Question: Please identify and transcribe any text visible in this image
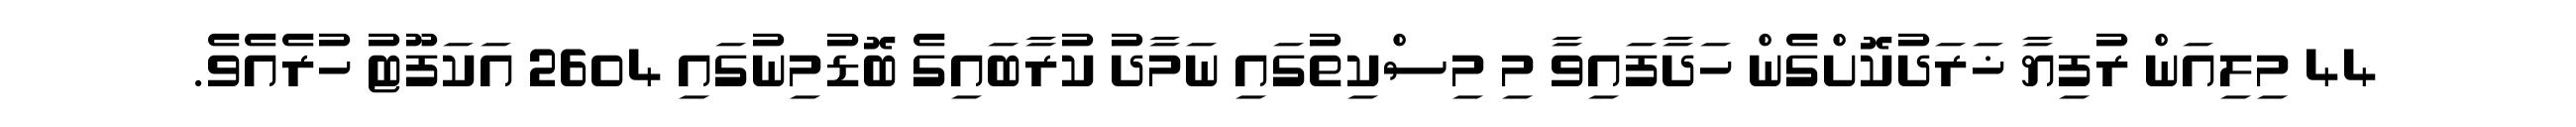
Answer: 44 މިލިއަން ރުފިޔާ ޚަރަދުކޮށްގެން ހަދާފައިވާ މި މިސްކިތުގައި ނަމާދު ކުރާބައިގެ ބޮޑުމިނުގައި 2604 އަކަފޫޓު ހުރެއެވެ.